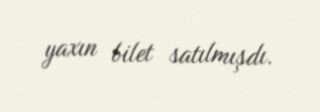
yaxın bilet satılmışdı.